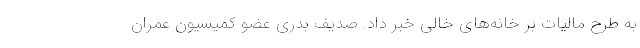
به طرح مالیات بر خانه‌های خالی خبر داد. صدیف بدری عضو کمیسیون عمران